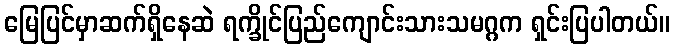
မြေပြင်မှာဆက်ရှိနေဆဲ ရက္ခိုင်ပြည်ကျောင်းသားသမဂ္ဂက ရှင်းပြပါတယ်။